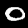
Label: 0